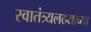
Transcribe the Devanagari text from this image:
स्वातंत्र्यलढयाच्या